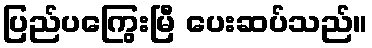
ပြည်ပကြွေးမြီ ပေးဆပ်သည်။